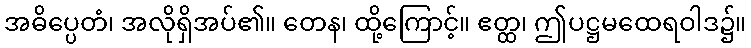
အဓိပ္ပေတံ၊ အလိုရှိအပ်၏။ တေန၊ ထို့ကြောင့်။ ဧတ္ထ၊ ဤပဋ္ဌမထေရဝါဒ၌။